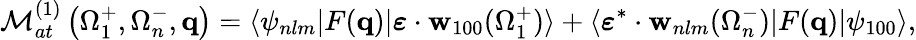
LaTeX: {\cal M}_{at}^{(1)}\left(\Omega_{1}^{+},\Omega_{n}^{-},\mathbf{q}\right)=\langle\psi_{nlm}|F(\mathbf{q})|\boldsymbol{\varepsilon}\cdot{\mathbf{w}}_{100}(\Omega_{1}^{+})\rangle+\langle\boldsymbol{\varepsilon}^{*}\cdot{\mathbf{w}}_{nlm}(\Omega_{n}^{-})|F(\mathbf{q})|\psi_{100}\rangle,